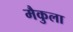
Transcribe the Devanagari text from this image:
मैकुला